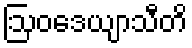
ဩဝဒေယျာသီတိ